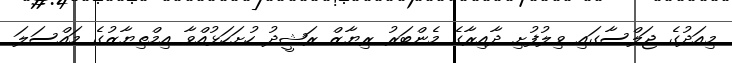
މިއަދުގެ ޖަލްސާގައި ވިލުފުށި ދާއިރާގެ މެންބަރު ރިޔާޒް ރަޝީދު ހުށަހަޅުއްވާ އިމްތިޔާޒުގެ މައްސަލަ